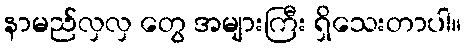
နာမည်လှလှ တွေ အများကြီး ရှိသေးတာပါ။